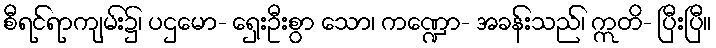
စီရင်ရာကျမ်း၌၊ ပဌမော- ရှေးဦးစွာ သော၊ ကဏ္ဍော- အခန်းသည်၊ ဣတိ- ပြီးပြီ။